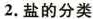
2.盐的分类